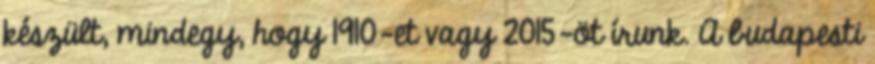
készült, mindegy, hogy 1910-et vagy 2015-öt írunk. A budapesti